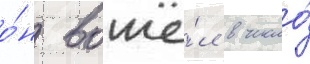
о́н вошё́л в число́